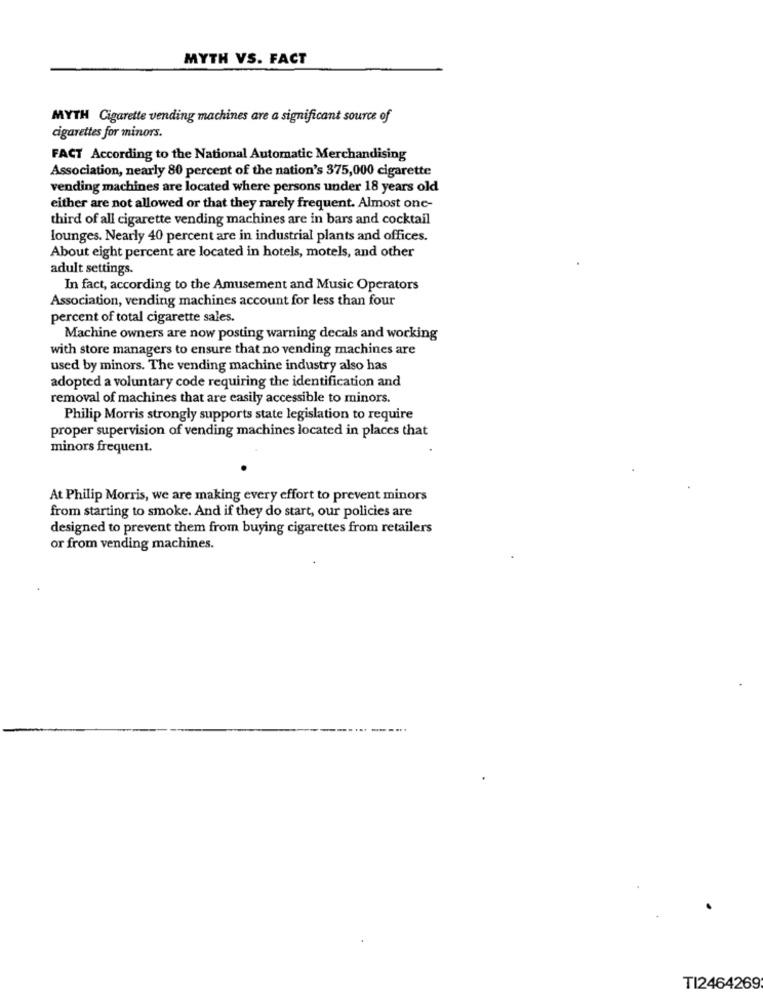
MYTH VS. FACT
MYTH Cigarette vending machines are a significant source of
cigarettes for minors.
FACT According to the National Automatic Merchandising
Association, nearly 80 percent of the nation's 375,000 cigarette
vending machines are located where persons under 18 years old
either are not allowed or that they rarely frequent. Almost one-
third of all cigarette vending machines are in bars and cocktail
lounges. Nearly 40 percent are in industrial plants and offices.
About eight percent are located in hotels, motels, and other
adult settings.
In fact, according to the Amusement and Music Operators
Association, vending machines account for less than four
percent of total cigarette sales.
Machine owners are now posting warning decals and working
with store managers to ensure that no vending machines are
used by minors. The vending machine industry also has
adopted a voluntary code requiring the identification and
removal of machines that are easily accessible to minors.
Philip Morris strongly supports state legislation to require
proper supervision of vending machines located in places that
minors frequent.
At Philip Morris, we are making every effort to prevent minors
from starting to smoke. And if they do start, our policies are
designed to prevent them from buying cigarettes from retailers
or from vending machines.
TI2464269